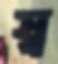
স্ব